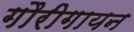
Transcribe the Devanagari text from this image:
गौरीगायन